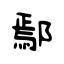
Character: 鄢